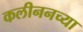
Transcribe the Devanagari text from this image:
कलीननच्या